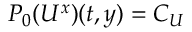
P _ { 0 } ( U ^ { x } ) ( t , y ) = C _ { U }